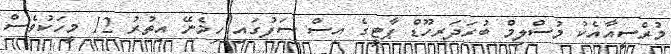
މުރްސީއާއެކު މުސްލިމް ބުރަދަރހޫޑް ޕާޓީގެ އިސް ސަފުގައި ހިމެނޭ އިތުރު 12 މީހަކުވެސް